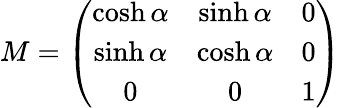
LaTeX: M=\left(\begin{array}{ccc}{{\cosh\alpha}}&{{\sinh\alpha}}&{{0}}\\ {{\sinh\alpha}}&{{\cosh\alpha}}&{{0}}\\ {{0}}&{{0}}&{{1}}\end{array}\right)